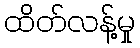
ထိတ်လန့်မှု